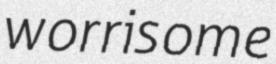
worrisome